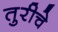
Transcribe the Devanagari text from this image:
तुरीचे